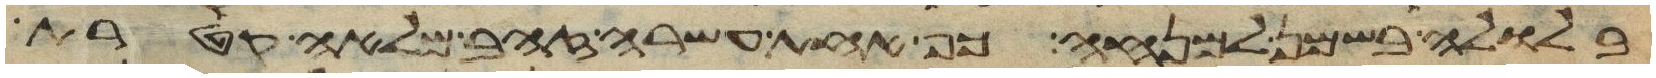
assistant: בלולה בשמן למנחה כף אחת עשרה זהב מלאה קטרת